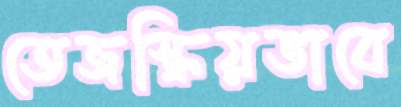
তেজস্ক্রিয়ভাবে